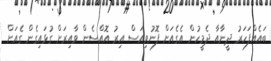
ބައެއްފަހަރު ދީނާއާ ދެމީހުން އެގެއަށް ފޮނުވިއަސް އިރު އޮއްސެން ވާއިރަށް ގުޅައިގެން ގެއަށް